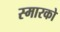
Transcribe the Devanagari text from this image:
स्मारको